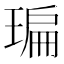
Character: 㻞